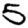
Digit: 5